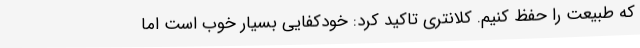
که طبیعت را حفظ کنیم. کلانتری تاکید کرد: خودکفایی بسیار خوب است اما